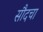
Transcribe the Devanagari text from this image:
सौदचा